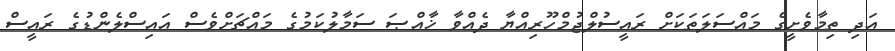
އަދި ތިމާވެށީގެ މައްސަލަތަކަށް ރައީސުލްޖުމްހޫރިއްޔާ ދެއްވާ ޚާއްޞަ ސަމާލުކަމުގެ މައްޗަށްވެސް އައިސްލެންޑުގެ ރައީސް